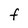
Character: F